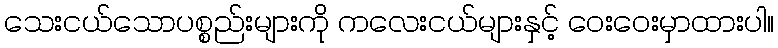
သေးငယ်သောပစ္စည်းများကို ကလေးငယ်များနှင့် ဝေးဝေးမှာထားပါ။